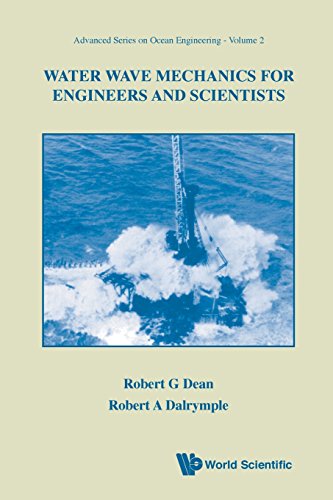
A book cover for Water Wave Mechanics for Engineers & Scientists (Advanced Series on Ocean Engineering-Vol2) (v. 2); Robert G. Dean; Science & Math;